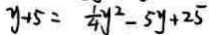
y + 5 = \frac { 1 } { 4 } y ^ { 2 } - 5 y + 2 5